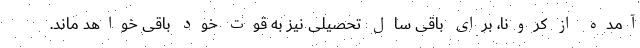
آمده از کرونا،‌ برای باقی سال تحصیلی نیز به قوت خود باقی خواهد ماند.